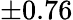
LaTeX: \pm 0.76